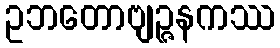
ဥဘတောဗျဉ္ဇနကဿ